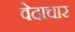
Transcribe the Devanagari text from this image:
वेदाचार